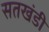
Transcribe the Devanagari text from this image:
सतखंडी